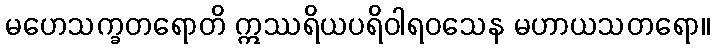
မဟေသက္ခတရောတိ ဣဿရိယပရိဝါရဝသေန မဟာယသတရော။